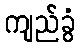
ကျည်ခွံ